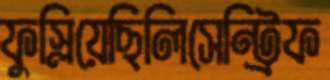
ফুস্‌লিয়েছিলিসেন্ট্রিফ